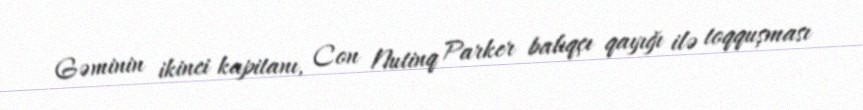
Gəminin ikinci kapitanı, Con Nutinq Parker balıqçı qayığı ilə toqquşması